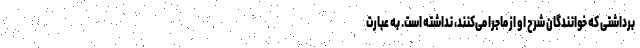
برداشتی که خوانندگان شرح او از ماجرا می‌کنند، نداشته است. به عبارت